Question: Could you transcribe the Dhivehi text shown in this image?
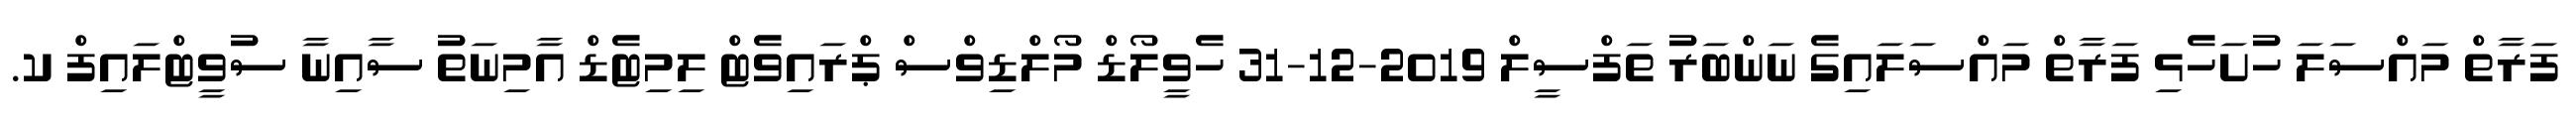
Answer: ފަރާތް މައްސަލަ ހުށަހެޅި ފަރާތް މައްސަލައިގެ ނަންބަރު ތަފްސީލް 2019-12-31 ހެވީލޯޑް މޯލްޑިވްސް ޕްރައިވެޓް ލިމިޓެޑް އާމިނަތު ސާއިނާ ސުވީޓްލައިފް ކ.